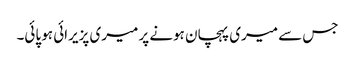
جس سے میری پہچان ہونے پر میری پزیرائی ہو پائی۔